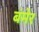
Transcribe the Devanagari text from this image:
बंमेर